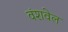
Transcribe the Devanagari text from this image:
वंशवेल